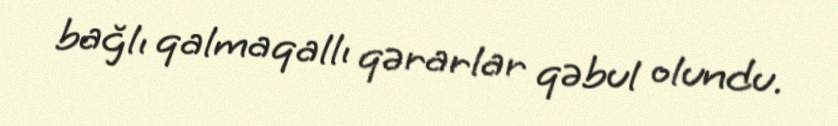
bağlı qalmaqallı qərarlar qəbul olundu.